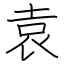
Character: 袁